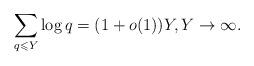
LaTeX: \begin{align*}\sum_{q \leqslant Y} \log q = (1+o(1))Y, Y\rightarrow\infty.\end{align*}